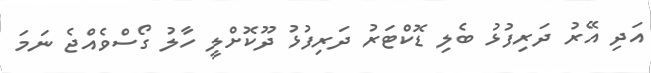
އަދި އޭރު ދަރިފުޅު ބެލި ޑޮކްޓަރު ދަރިފުޅު ދޫކޮށްލީ ހާލު ގޯސްވެއްޖެ ނަމަ